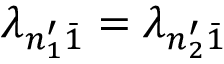
\lambda _ { n _ { 1 } ^ { \prime } \bar { 1 } } = \lambda _ { n _ { 2 } ^ { \prime } \bar { 1 } }